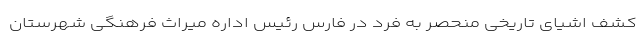
کشف اشیای تاریخی منحصر به فرد در فارس رئیس اداره میراث فرهنگی شهرستان